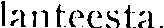
lanteesta.